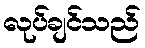
လုပ်ချင်သည်